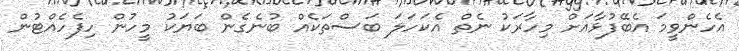
އެހެންވީމަ އެބޭފުޅާއަށް މިހާރަކު ނެތް އެކަހަލަ ބަސްތަކެއް ބުނެގެން ބަޔަކު މީހުން ހިފެހެއްޓުން